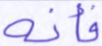
فأنه